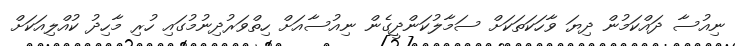
ނިއުސާ ދައްކަމުން ދިޔަ ވާހަކަތަކަށް ސަމާލުކަންދީގެން ނިއުސާއަށް ހިތްވަރުދިނުމުގައި ހުރި މާހިދު ކުއްލިއަކަށް